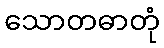
သောတဓာတုံ